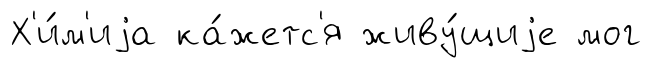
Х'и́м'иjа ка́жетс'я живу́щиjе мог